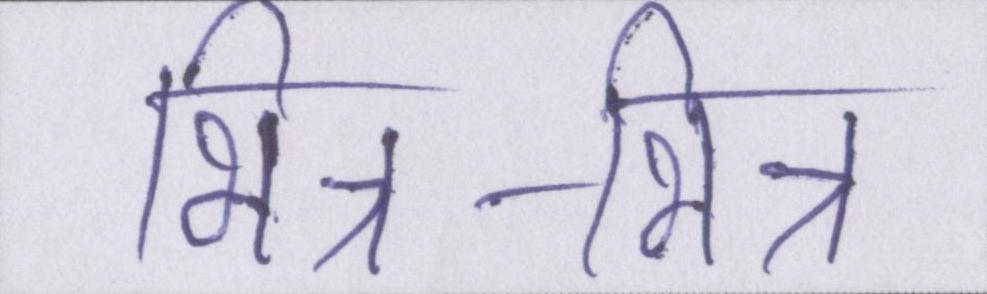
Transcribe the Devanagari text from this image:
भिन्न-भिन्न